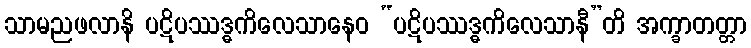
သာမညဖလာနိ ပဋိပဿဒ္ဓကိလေသာနေဝ “ပဋိပဿဒ္ဓကိလေသာနီ”တိ အက္ခာတတ္တာ